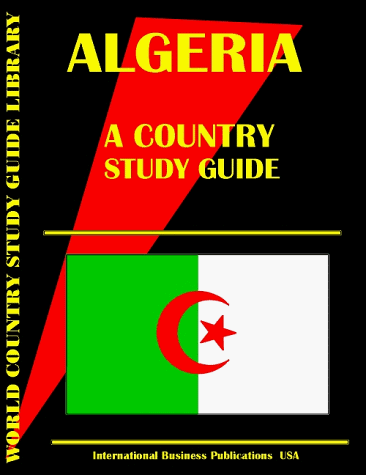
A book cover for Algeria Country Study Guide (World Country Study Guide; Ibp Usa; Travel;